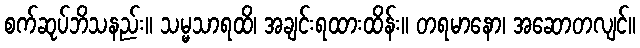
စက်ဆုပ်ဘိသနည်း။ သမ္မသာရထိ၊ အချင်းရထားထိန်း။ တရမာနော၊ အဆောတလျင်။